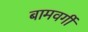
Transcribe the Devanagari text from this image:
बामवर्गी